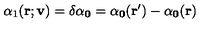
\alpha _ { 1 } ( \bf { r ; v } ) = \delta \alpha _ { 0 } = \alpha _ { 0 } ( { \bf r ^ { \prime } } ) - \alpha _ { 0 } ( { \bf r } )